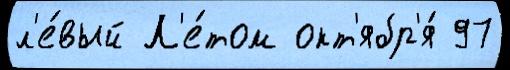
л'е́вый Л'е́том окт'ябр'я́ 97